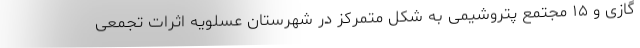
گازی و ۱۵ مجتمع پتروشیمی به شکل متمرکز در شهرستان عسلویه اثرات تجمعی